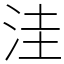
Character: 洼